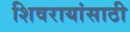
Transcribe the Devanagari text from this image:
शिवरायांसाठी